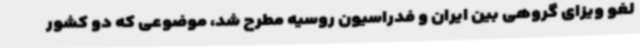
لغو ویزای گروهی بین ایران و فدراسیون روسیه مطرح شد، موضوعی که دو کشور